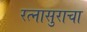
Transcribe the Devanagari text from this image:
रत्नासुराचा